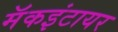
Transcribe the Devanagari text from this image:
मॅकइंटायर